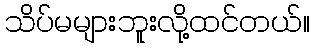
သိပ်မများဘူးလို့ထင်တယ်။